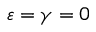
\varepsilon = \gamma = 0